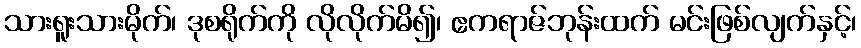
သားရူးသားမိုက်၊ ဒုစရိုက်ကို လိုလိုက်မိ၍၊ ဧကရာဇ်ဘုန်းထက် မင်းဖြစ်လျက်နှင့်၊